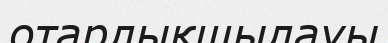
отарлықшылауы